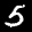
Label: 5